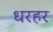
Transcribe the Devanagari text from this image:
धरहर